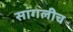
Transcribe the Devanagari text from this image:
सांगलीच